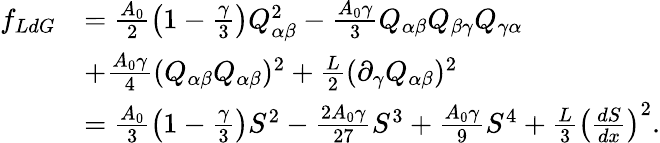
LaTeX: \begin{array}{rl}{f_{LdG}}&{=\frac{A_{0}}{2}\left(1-\frac{\gamma}{3}\right)Q_{\alpha\beta}^{2}-\frac{A_{0}\gamma}{3}Q_{\alpha\beta}Q_{\beta\gamma}Q_{\gamma\alpha}}\\ &{+\frac{A_{0}\gamma}{4}(Q_{\alpha\beta}Q_{\alpha\beta})^{2}+\frac{L}{2}(\partial_{\gamma}Q_{\alpha\beta})^{2}}\\ &{=\frac{A_{0}}{3}\left(1-\frac{\gamma}{3}\right)S^{2}-\frac{2A_{0}\gamma}{27}S^{3}+\frac{A_{0}\gamma}{9}S^{4}+\frac{L}{3}\left(\frac{dS}{dx}\right)^{2}.}\end{array}